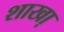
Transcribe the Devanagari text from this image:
शाखा़